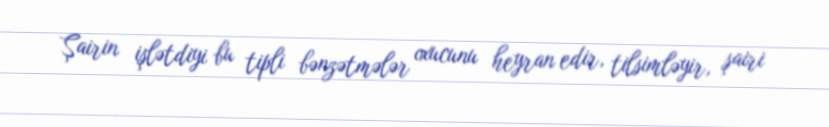
Şairin işlətdiyi bu tipli bənzətmələr oxucunu heyran edir, tilsimləyir, şairi